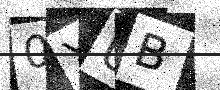
Text: 0YUB